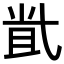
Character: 𡭶